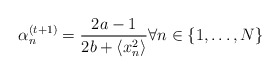
\begin{align*}\alpha_n^{(t+1)}=\frac{2a-1}{2b+\langle x_n^2\rangle} \forall n\in\{1,\ldots,N\} \end{align*}